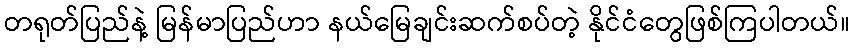
တရုတ်ပြည်နဲ့ မြန်မာပြည်ဟာ နယ်မြေချင်းဆက်စပ်တဲ့ နိုင်ငံတွေဖြစ်ကြပါတယ်။